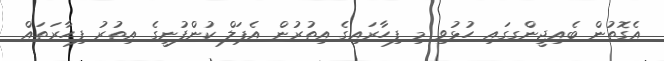
އެގޮތުން ބެއިޖީންގގައި ހުޅުވި މި ފިހާރައިގެ އިތުރުން އެޕަލް ކުންފުނީގެ އިތުރު ފިހާރަތައް